Joelahtme_vallakohus, lk 5
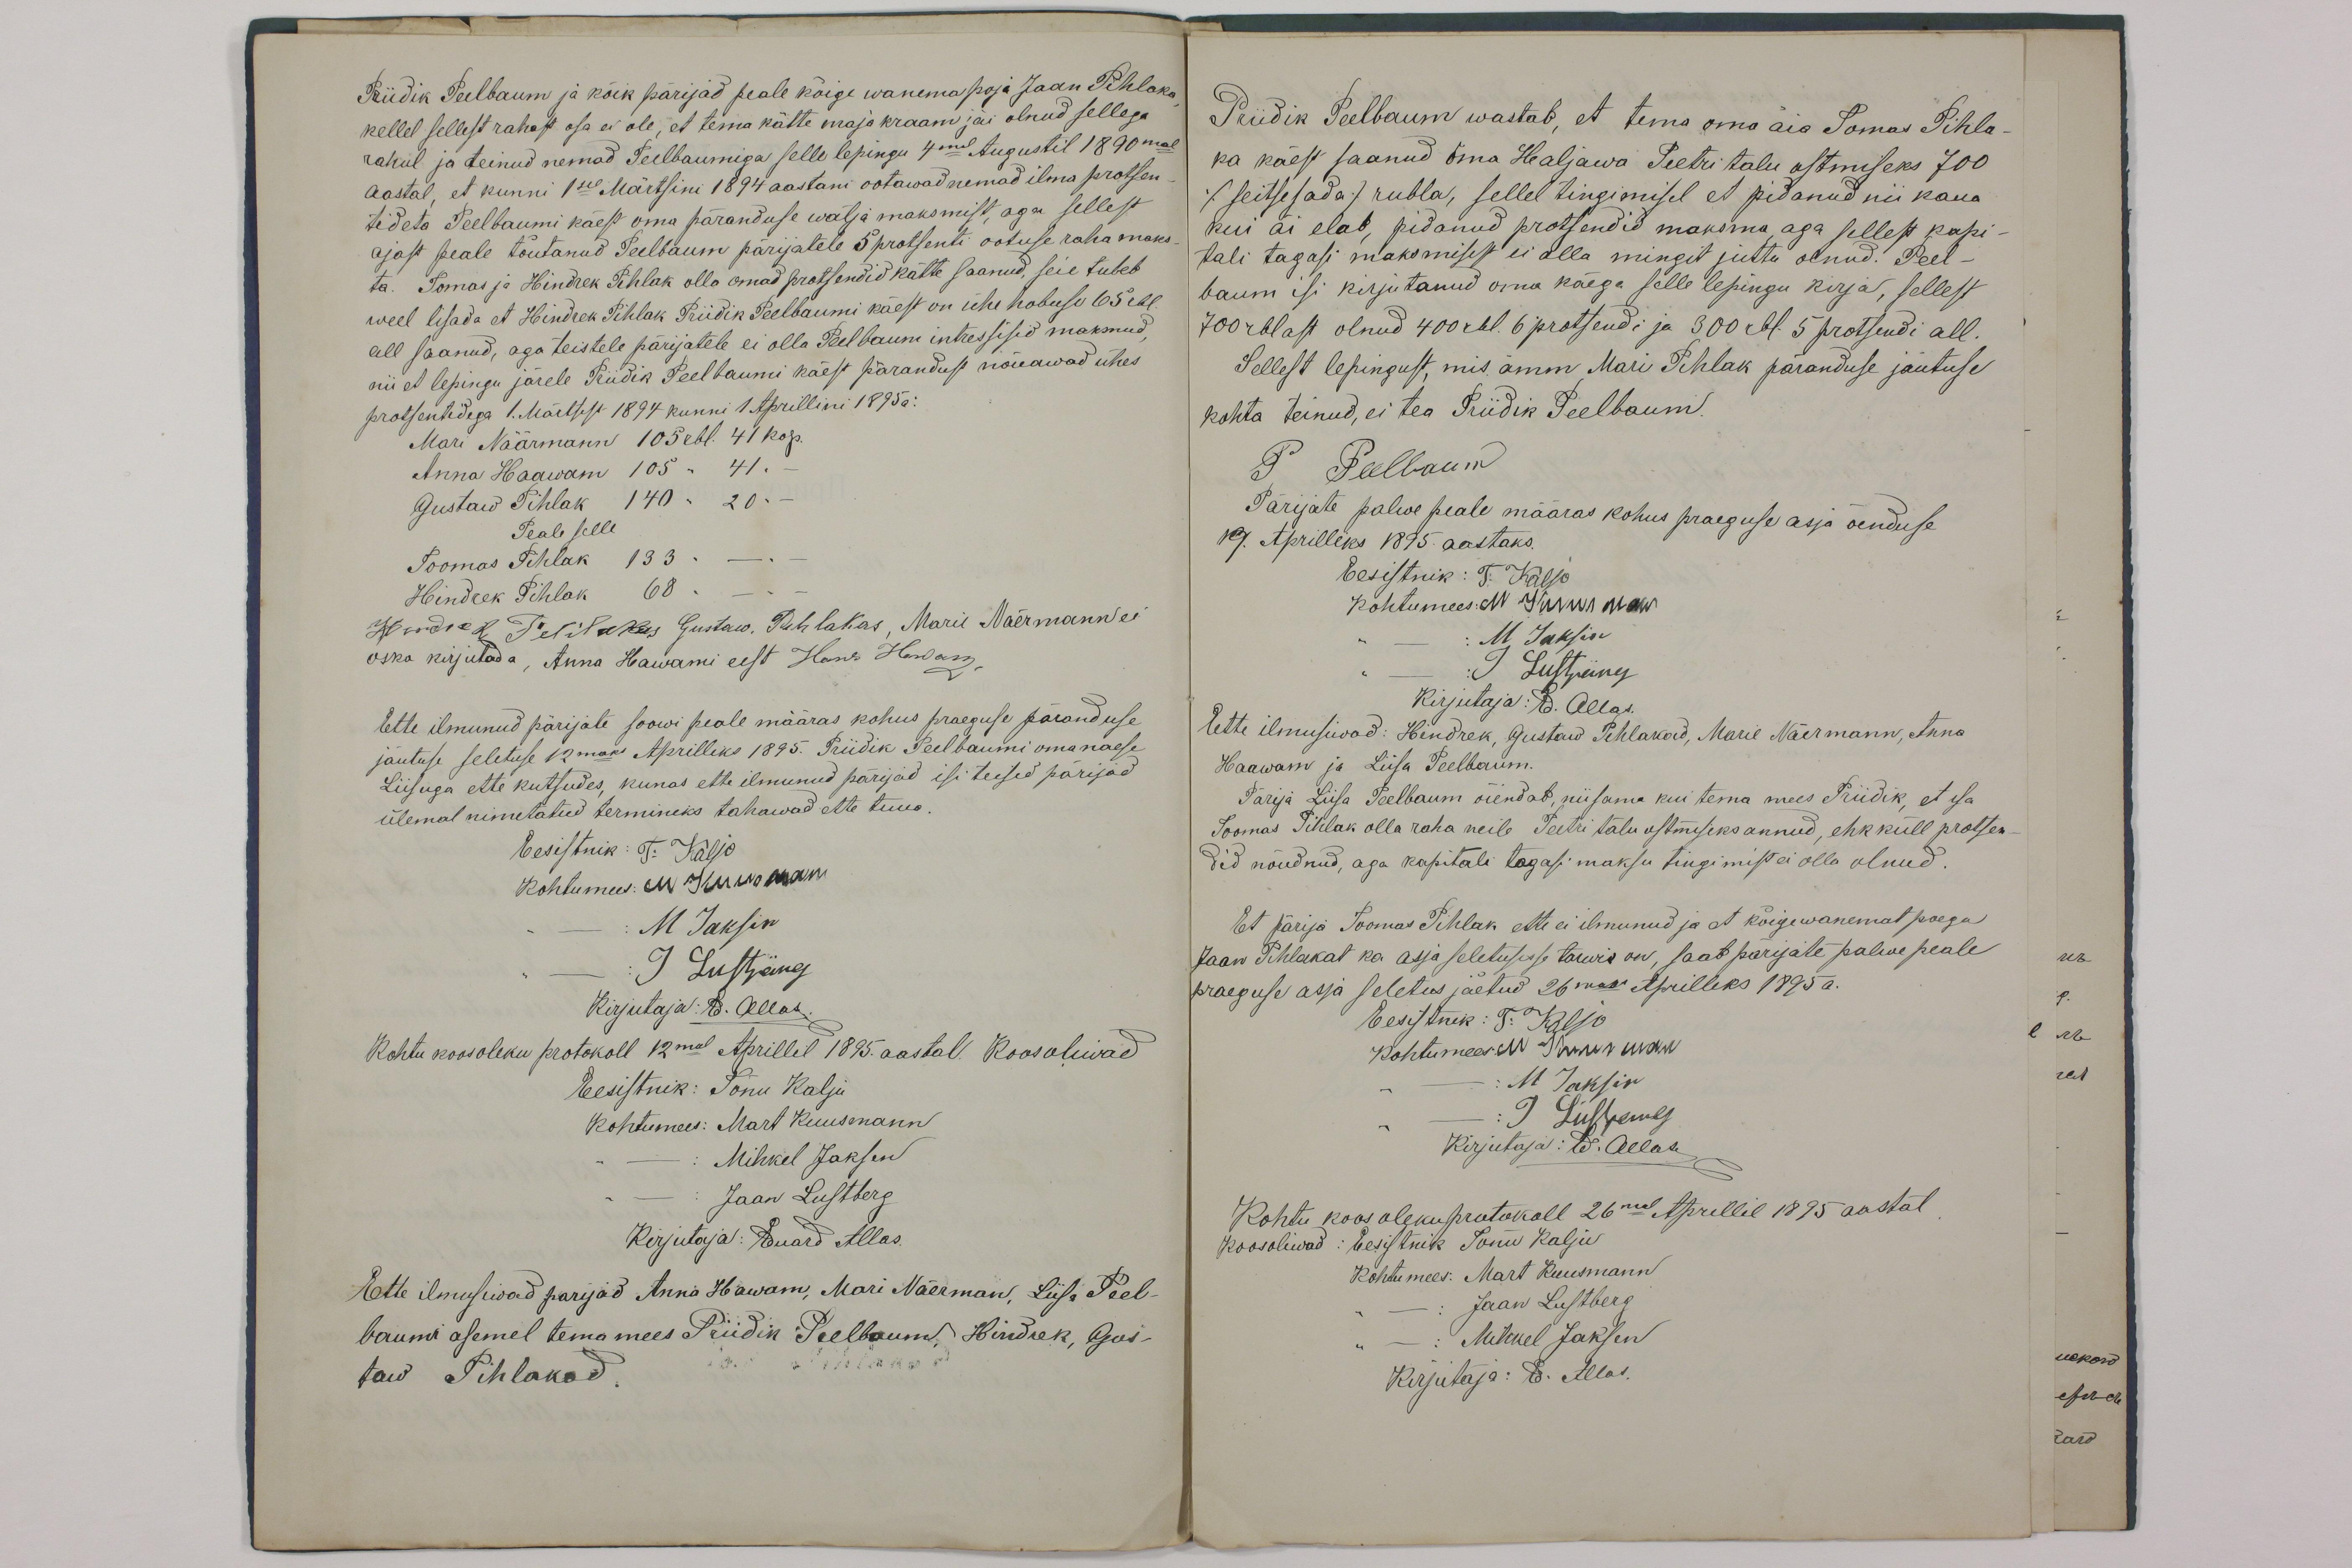
Priidik Peelbaum ja kõik pärijad peale kõige wanema poja Jaan Pihlaka
kellel sellest rahast osa ei ole, et tema kätte maja kraam jäi olnud sellega
rahul ja teinud nemad Peelbaumiga selle lepingu 4mal Augustil 1890mal
aastal, et kunni 1sel Märtsini 1894 aastani ootawad nemad ilma protsen-
tideta Peelbaumi käest oma päranduse wälja maksmist, aga sellest
ajast peale tõutanud Peelbaum pärijatele 5 protsenti ootuse raha maks-
ta. Tomas ja Hindrek Pihlak olla omad protsendid kätte saanud, seie tuleb
weel lisada et Hindrek Pihlak Priidik Peelbaumi käest on ühe hobuse 65 rbl
all saanud, aga teistele pärijatele ei olla Peelbaum intressisid maksnud
nii et lepingu järele Priidik Peebaumi käest pärandust nõuawad ühes
protsentidega 1. Märtsist 1894 kunni 1 Aprillini 1895 a:
Mari Näärmann 105 rbl. 41 kop.
Anna Haawam 105  " 41 "-
Gustaw Pihlak 140 " 20 "-
Peale selle
Toomas Pihlak133 "  -- "--
Hindrek Pihlak 68
Hindrek Pihlakas Gustaw, Pihlakas, Marie Näermann ei
oska kirjutada, Anna Hawami eest Hans Hawam,
Ette ilmunud pärijate soowi peale määras kohus praeguse päranduse
jäutuse seletuse 12maks Aprilliks 1895. Priidik Peelbaumi oma naese
Liisuga ette kutsudes, kunas ette ilmunud pärijad isi teised pärijad
ülemal nimetatud terminiks tahawad ette tuua
Eesistnik: T. Kaljo
Kohtumees: M. Kuusmann
M Jaksin
I Lustpärg
Kirjutaja: E. Allas.
Kohtu koosoleku protokoll 12mal Aprillil 1895. aastal. Koosoliwad
Eesistnik: Tõnu Kalju
Kohtumees: Mart Kuusmann
Mihkel Jaksen
Jaan Lustberg
Kirjutaja: Eduard Allas.
Ette ilmusiwad parijad Anna Hawam, Mari Näerman, Liisa Peel-
baumi asemel tema mees Priidik Peelbaum, Hindrek, Gus-
taw Pihlakad

Priidik Peelbaum wastab, et tema oma äia Tomas Pihla
ka käest saanud oma Haljawa Peetri talu ostmiseks 700
(seitsesada) rubla, sellel tingimisel et pidanud nii kaua
kui äi elab, pidanud protsendid maksma, aga sellest kapi-
tali tagasi maksmisest ei olla mingit juttu olnud. Peel-
baum isi kirjutanud oma käega selle lepingu kirja, sellest
700 rblast olnud 400 rbl. 6 protsendi ja 300 rbl 5 protsendi all.
Sellest lepingust, mis ämm, Mari Pihlak päranduse jautuse
kohta teinud, ei tea Priidik Peelbaum.
P Peelbaum
Pärijate palwe peale määras kohus praeguse asja õenduse
19. Aprilliks 1895 aastaks.
Eesistnik: T. Kaljo
Kohtumees: M Jürrus man-
M. Jaksin
: J Lustpärg
Kirjutaja: E. Allas.
Eette ilmusiwad: Hindrek, Gustaw Pihlakad, Marie Näermann, Anna
Haawam ja Liisa Peelbaum.
Pärija Liisa Peelbaum õiendab, niisama kui tema mees Priidik, et isa
Toomas Pihlak olla raha neile Peetri talu ostmiseks annud, ehk küll protsen-
did nõudnud, aga kapitali tagasi maksu tingimist ei olla olnud
Et pärija Toomas Pihlak ette ei ilmunud ja et kõigewanemat poega
Jaan Pihlakat ka asja seletusse tarwis on, saab pärijate palwe peale
praeguse asja seletus jäetud 26maks Aprilliks 1895 a.
Eesistnik: T. Kaljo
Kohtumees M Nowarman
M Jaksin
I Liisperg
Kirjutaja: E. Allase
Kohtu koosolekuprotokoll 26mal Aprillil 1895 aastal
koosoliwad: Eesistnik Tõnu Kalju
Kohtumees: Mart Kuusmann
Jaan Lustberg
Mihkel Jaksen
Kirjutaja: E. Allas.